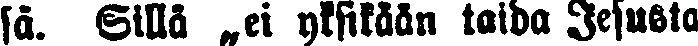
sä. Sillä „ei yksikään taida Jesusta